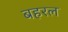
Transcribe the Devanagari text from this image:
बहरल